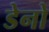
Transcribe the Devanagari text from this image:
डेनो